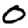
Digit: 0